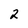
Character: 2